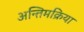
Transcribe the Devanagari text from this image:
अन्तिमक्रिया